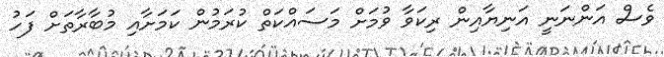
ވެސް އަންނަނީ އަނިޔާއިން ރިކަވާ ވުމަށް މަސައްކަތް ކުރަމުން ކަމަށާއި މުބާރާތަށް ފަހު